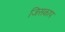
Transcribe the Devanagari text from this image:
जिसकाप